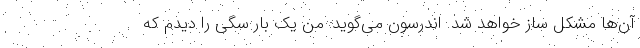
آن‌ها مشکل ساز خواهد شد. اندرسون می‌گوید: من یک بار سگی را دیدم که